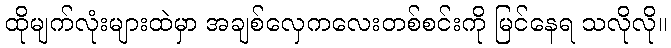
ထိုမျက်လုံးများထဲမှာ အချစ်လှေကလေးတစ်စင်းကို မြင်နေရ သလိုလို။